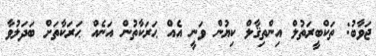
ޖަވާބު: ތަކްބީރަތުލް އިންތިޤާލް ކިޔުން ވަނީ އެއް ޙަރަކާތުން އަނެއް ޙަރަކާތަށް ބަދަލުވާ